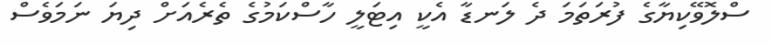
ސްލޮވޭކިޔާގެ ފުރަތަމަ ދެ ލަނޑާ އެކީ އިޓަލީ ހާސްކަމުގެ ތެރެއަށް ދިޔަ ނަމަވެސް